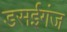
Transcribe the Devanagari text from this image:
डसईगंज